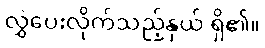
လွှဲပေးလိုက်သည့်နှယ် ရှိ၏။